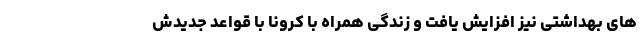
های بهداشتی نیز افزایش یافت و زندگی همراه با کرونا با قواعد جدیدش